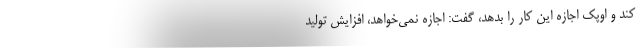
کند و اوپک اجازه این کار را بدهد، گفت: اجازه نمی‌خواهد، افزایش تولید